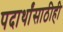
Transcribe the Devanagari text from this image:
पदार्थांसाठीही